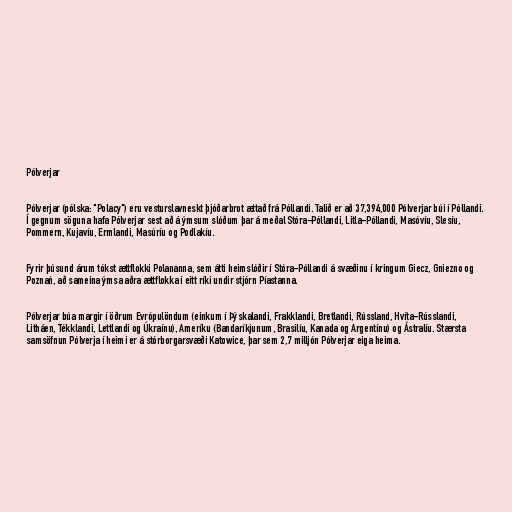
Pólverjar

Pólverjar (pólska: "Polacy") eru vesturslavneskt þjóðarbrot ættað frá Póllandi. Talið er að 37,394,000 Pólverjar búi í Póllandi.
Í gegnum söguna hafa Pólverjar sest að á ýmsum slóðum þar á meðal Stóra-Póllandi, Litla-Póllandi, Masóvíu, Slesíu,
Pommern, Kujavíu, Ermlandi, Masúríu og Podlakíu.

Fyrir þúsund árum tókst ættflokki Polananna, sem átti heimslóðir í Stóra-Póllandi á svæðinu í kringum Giecz, Gniezno og
Poznań, að sameina ýmsa aðra ættflokka í eitt ríki undir stjórn Píastanna.

Pólverjar búa margir í öðrum Evrópulöndum (einkum í Þýskalandi, Frakklandi, Bretlandi, Rússland, Hvíta-Rússlandi,
Litháen, Tékklandi, Lettlandi og Úkraínu), Ameríku (Bandaríkjunum, Brasilíu, Kanada og Argentínu) og Ástralíu. Stærsta
samsöfnun Pólverja í heimi er á stórborgarsvæði Katowice, þar sem 2,7 milljón Pólverjar eiga heima.